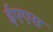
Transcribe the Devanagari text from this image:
ईएएस